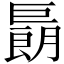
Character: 𢀬